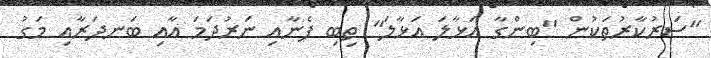
"ސަރުކާރުތަކުން "ބިންގާ އަޅާލަ އަޅާލަ" ތިބި ފެނާއި ނަރުދަމަ އާއި ބަނދަރާއި މަގު